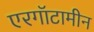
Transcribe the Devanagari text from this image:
एरगॉटामीन